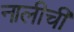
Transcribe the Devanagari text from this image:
नालीची